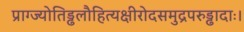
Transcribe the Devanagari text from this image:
प्राग्ज्योतिड्ढलौहित्यक्षीरोदसमुद्रपरुड्ढादाः।